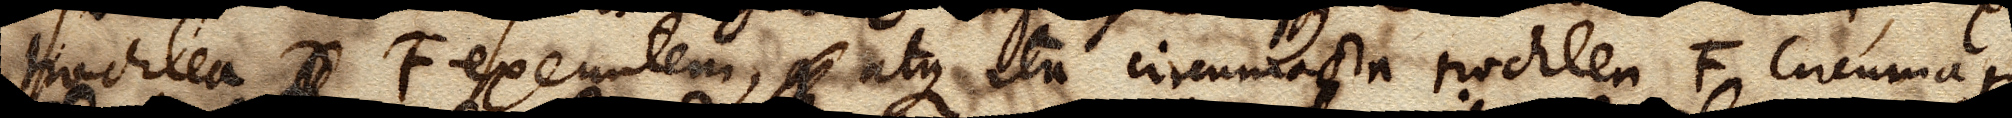
trochlea D F exeuntem, q atque ita circumacta trochlea F circumagi